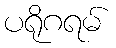
ပရိုဂရမ်